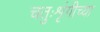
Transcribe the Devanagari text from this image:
चतुःशृंगीच्या